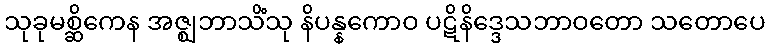
သုခုမစ္ဆိကေန အဇ္ဈဘာသိံသု နိပန္နကောဝ ပဋိနိဒ္ဒေသဘာဝတော သတောပေ